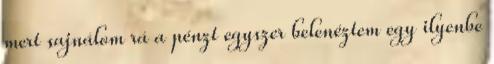
mert sajnálom rá a pénzt egyszer belenéztem egy ilyenbe